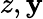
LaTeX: z,\mathbf{y}